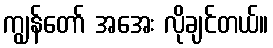
ကျွန်တော် အအေး လိုချင်တယ်။